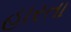
હારતા